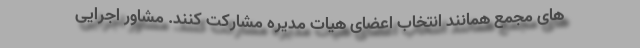
های مجمع همانند انتخاب اعضای هیات مدیره مشارکت کنند. مشاور اجرایی